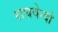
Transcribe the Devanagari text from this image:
राघवेन्दो